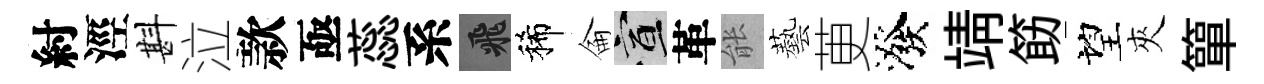
紂涇斟泣款亟蕊系飛稀侖宣革䏻藝茰潑靖筯望夾簞